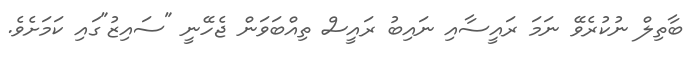
ބާތިލް ނުކުރެވޭ ނަމަ ރައީސާއި ނައިބު ރައީސް ތިއްބަވަން ޖެހޭނީ "ސައިޒު"ގައި ކަމަށެވެ.